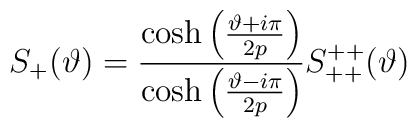
S_{+}(\vartheta )=\frac{\cosh \left( \frac{\vartheta +i\pi }{2p}\right) }{\cosh \left( \frac{\vartheta -i\pi }{2p}\right) }S^{++}_{++}(\vartheta )